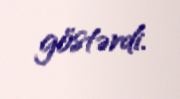
göstərdi.